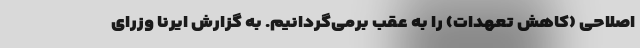
اصلاحی (کاهش تعهدات) را به عقب برمی‌گردانیم. به گزارش ایرنا وزرای